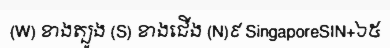
(W) ខាងត្បូង (S) ខាងជើង (N)៩ SingaporeSIN+៦៥